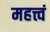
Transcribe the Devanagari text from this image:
महत्त्वं